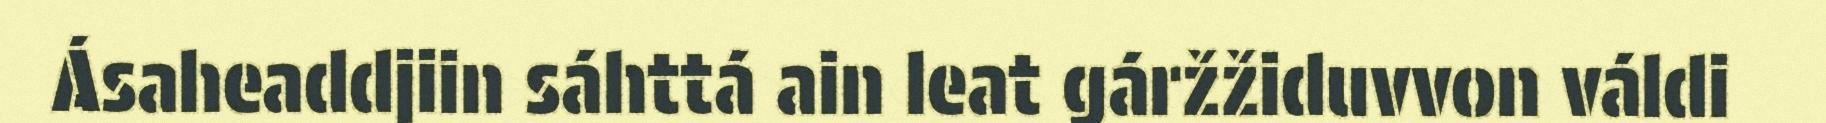
Ásaheaddjiin sáhttá ain leat gáržžiduvvon váldi